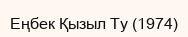
Еңбек Қызыл Ту (1974)